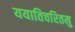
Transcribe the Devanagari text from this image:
ययातिचरितमु